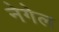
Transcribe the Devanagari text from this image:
नेगेल